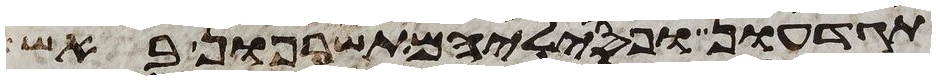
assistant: תגדעון ופסיליהם תשרפון באש